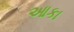
આકા